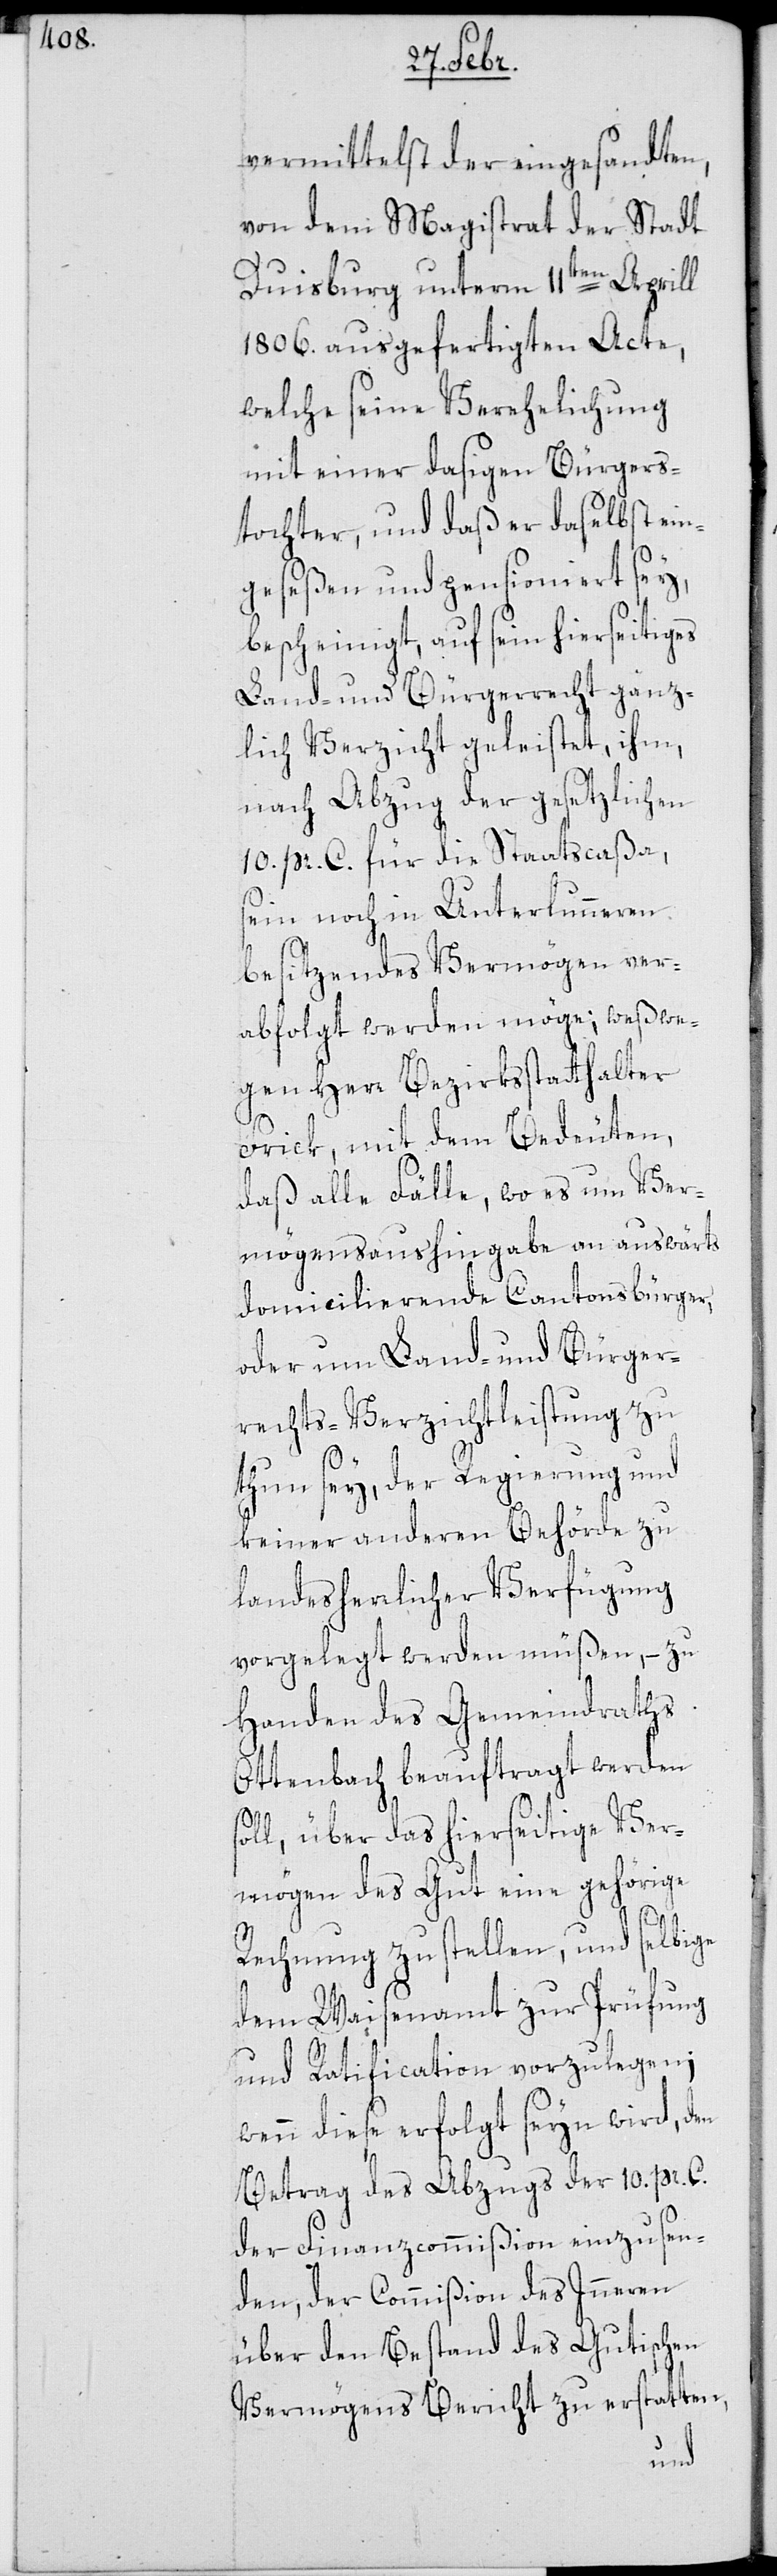
vermittelst der eingesandten,
von dem Magistrat der Stadt
Duisburg unterm 11ten Aprill
1806. ausgefertigten Acte,
welche seine Verehelichung
mit einer dasigen Bürgers¬
tochter, und daß er daselbst ein¬
geseßen und pensioniert sey,
bescheinigt, auf sein hierseitiges
Land- und Bürgerrecht gänz¬
lich Verzicht geleistet, ihm,
nach Abzug der gesetzlichen
10. pr. C. für die Staatscaßa,
sein noch in Unterlunneren
besitzendes Vermögen ver¬
abfolgt werden möge; weßwe¬
gen Herr Bezirksstatthalter
Frick, mit dem Bedeuten,
daß alle Fälle, wo es um Ver¬
mögenaushingabe an auswärts
domicilierende Cantonsbürger,
oder um Land- und Bürger¬
rechts-Verzichtleistung zu
thun sey, der Regierung und
keiner anderen Behörde zu
landesherrlicher Verfügung
vorgelegt werden müßen, – zu
Handen des Gemeindraths
Ottenbach beauftragt werden
oll, über das hierseitige Ver¬
mögen des Gut eine gehörige
s¬
Rechnung zu stellen, und selbige
dem Waisenamt zur Prüfung
und Ratification vorzulegen;
wenn diese erfolgt seyn wird, den
Betrag des Abzugs der 10. pr. C.
der Finanzcommißion einzusen¬
den, der Commißion des Inneren
über den Bestand des Gutischen
Vermögens Bericht zu erstatten,